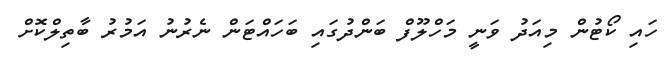
ހައި ކޯޓުން މިއަދު ވަނީ މަހްލޫފް ބަންދުގައި ބަހައްޓަން ނެރުނު އަމުރު ބާތިލްކޮށް